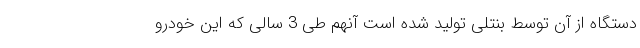
دستگاه از آن توسط بنتلی تولید شده است آنهم طی 3 سالی که این خودرو